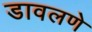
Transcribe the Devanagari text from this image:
डावलणे